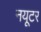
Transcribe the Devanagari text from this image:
नयूटर